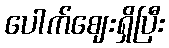
ပေါက်ဈေးရှိပြီး